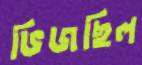
ভিজছিল